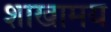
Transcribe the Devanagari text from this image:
शाखामय